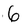
Character: 6